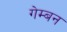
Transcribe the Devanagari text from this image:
गेम्बन